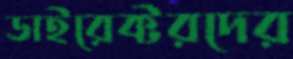
ডাইরেক্টরদের